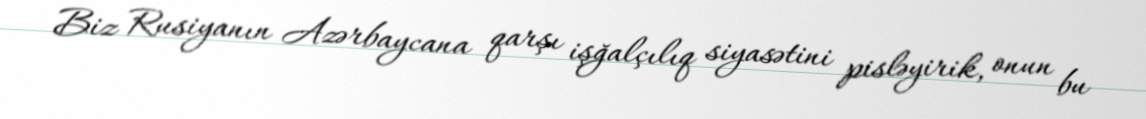
Biz Rusiyanın Azərbaycana qarşı işğalçılıq siyasətini pisləyirik, onun bu